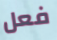
فعل